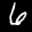
Label: 6